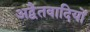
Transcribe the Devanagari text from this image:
अद्वैतवादियों